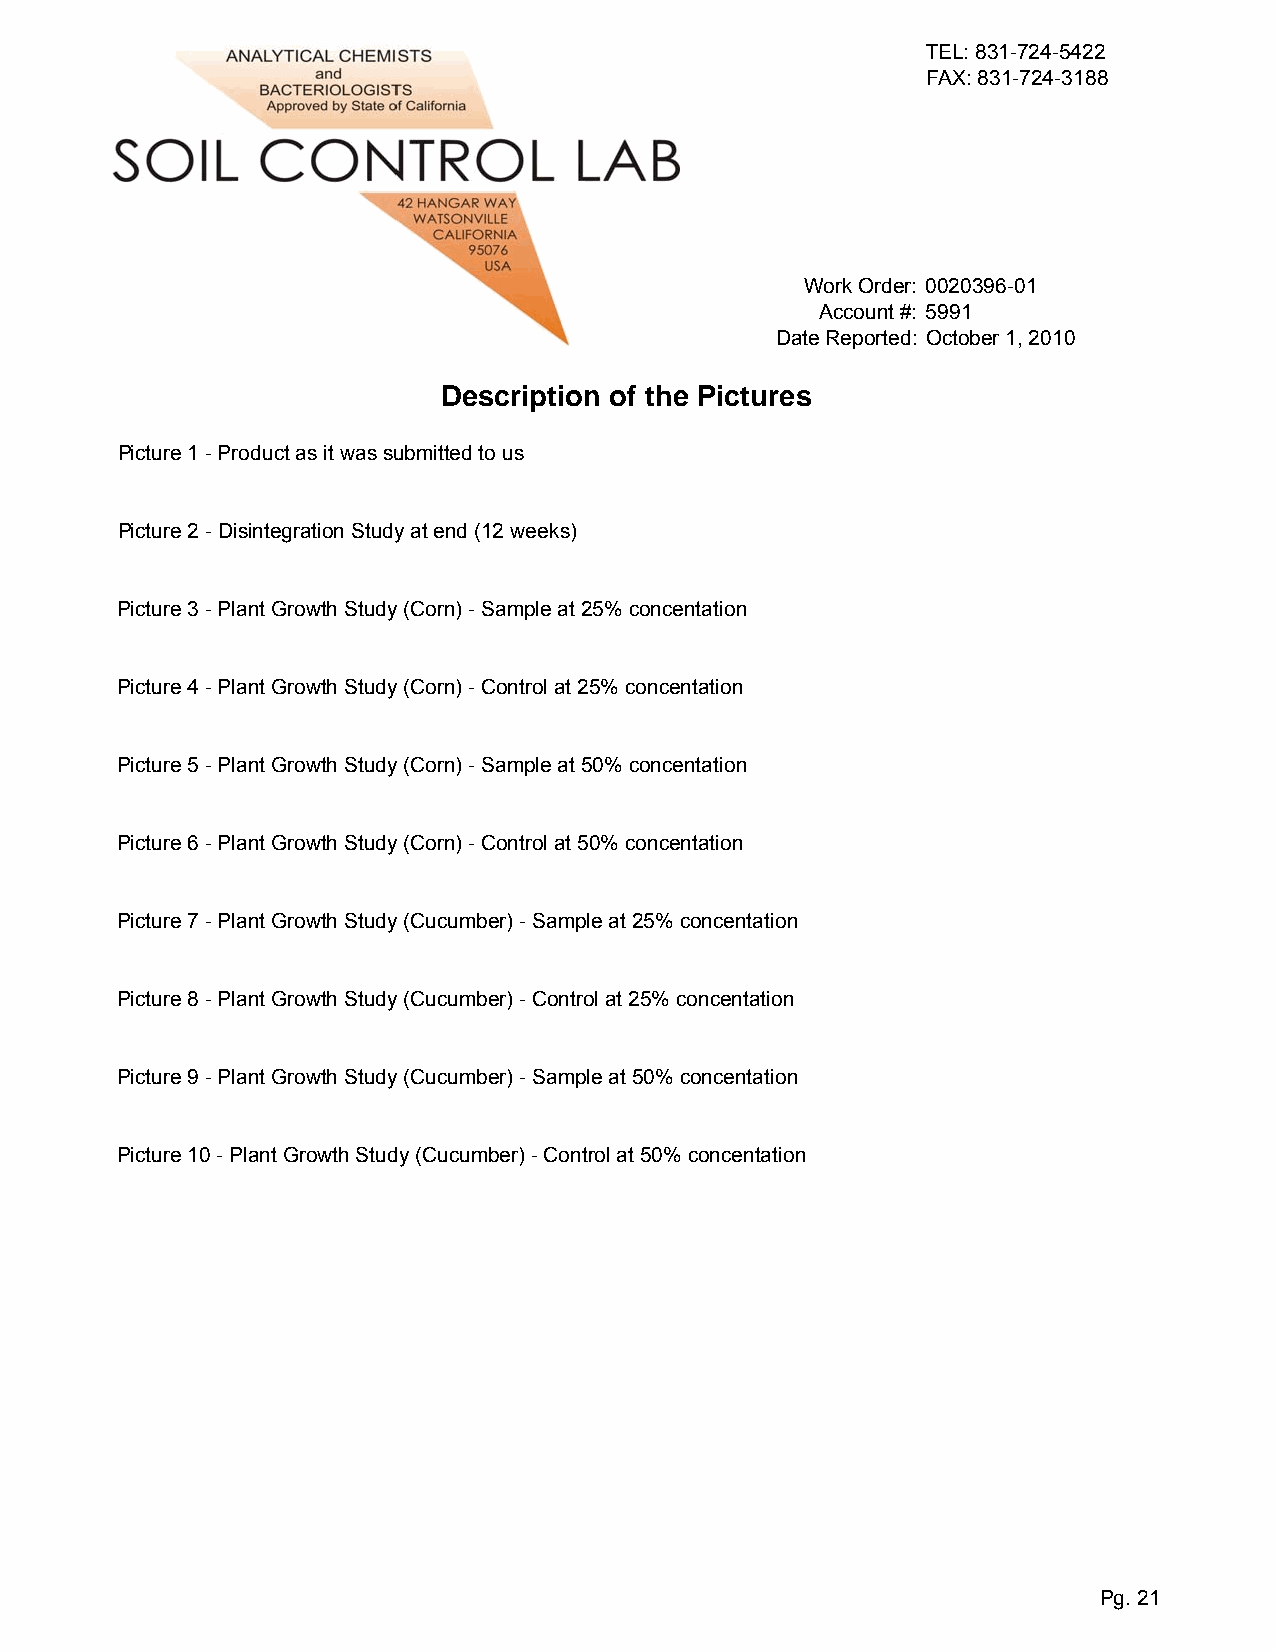
TEL: 831-724-5422
 FAX: 831-724-3188
 Work Order: 0020396-01
 Account #: 5991
 Date Reported: October 1, 2010
 Description of the Pictures
 Picture 1 - Product as it was submitted to us
 Picture 2 - Disintegration Study at end (12 weeks)
 Picture 3 - Plant Growth Study (Corn) - Sample at 25% concentation
 Picture 4 - Plant Growth Study (Corn) - Control at 25% concentation
 Picture 5 - Plant Growth Study (Corn) - Sample at 50% concentation
 Picture 6 - Plant Growth Study (Corn) - Control at 50% concentation
 Picture 7 - Plant Growth Study (Cucumber) - Sample at 25% concentation
 Picture 8 - Plant Growth Study (Cucumber) - Control at 25% concentation
 Picture 9 - Plant Growth Study (Cucumber) - Sample at 50% concentation
 Picture 10 - Plant Growth Study (Cucumber) - Control at 50% concentation
 Pg. 21